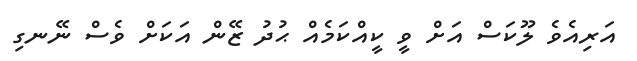
އަރިއެވެ ލޫކަސް އަށް ވީ ކީއްކަމެއް ޙުދު ޒޭން އަކަށް ވެސް ނޭނގި